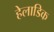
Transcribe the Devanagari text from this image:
हेलाडिक